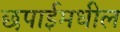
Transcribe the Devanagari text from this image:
छपाईमधील